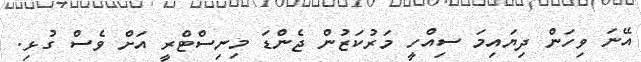
އޭނަ ވިހަން ދިޔައިމަ ސިއްހީ މަރުކަޒުން ޖެންޑަ މިނިސްޓްރީ އަށް ވެސް ގުޅި.